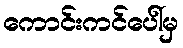
ကောင်းကင်ပေါ်မှ